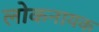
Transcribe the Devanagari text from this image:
लोकनायक